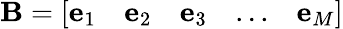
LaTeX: \textbf{B}=\left[\begin{array}{lllll}{\textbf{e}_{1}}&{\textbf{e}_{2}}&{\textbf{e}_{3}}&{...}&{\textbf{e}_{M}}\end{array}\right]